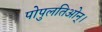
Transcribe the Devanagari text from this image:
पोपुलतिओन्।